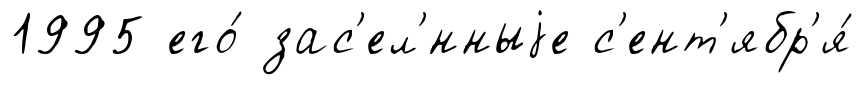
1995 его́ зас'ел'́нныjе с'ент'ябр'я́